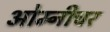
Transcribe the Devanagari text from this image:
ओम्नीचर